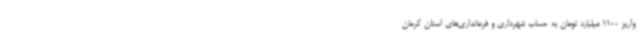
واریز 1100 میلیارد تومان به حساب شهرداری‌ و فرمانداری‌های‌ استان کرمان